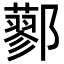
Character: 𨟆